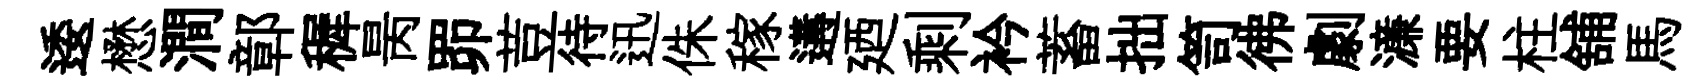
逶懋澗鄣穉昺𦊑荳待迅侏稼遘廼剩衿蓄拙笥彿劇濓要柱舖馬